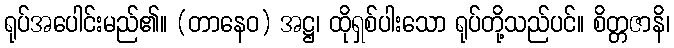
ရုပ်အပေါင်းမည်၏။ (တာနေဝ) အဋ္ဌ၊ ထိုရှစ်ပါးသော ရုပ်တို့သည်ပင်။ စိတ္တဇာနိ၊